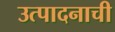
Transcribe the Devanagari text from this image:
उत्‍पादनाची